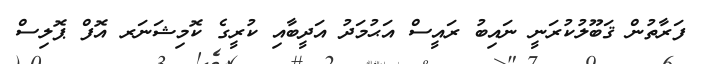
ފަރާތުން ޤަބޫލުކުރަނީ ނައިބު ރައީސް އަޙުމަދު އަދީބާއި ކުރީގެ ކޮމިޝަނަރ އޮފް ޕޮލިސް